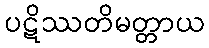
ပဋိဿတိမတ္တာယ